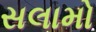
સલામો